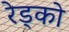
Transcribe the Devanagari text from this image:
रेड्को